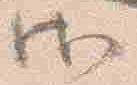
御